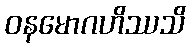
ဝနမောဂဟိဿသိ